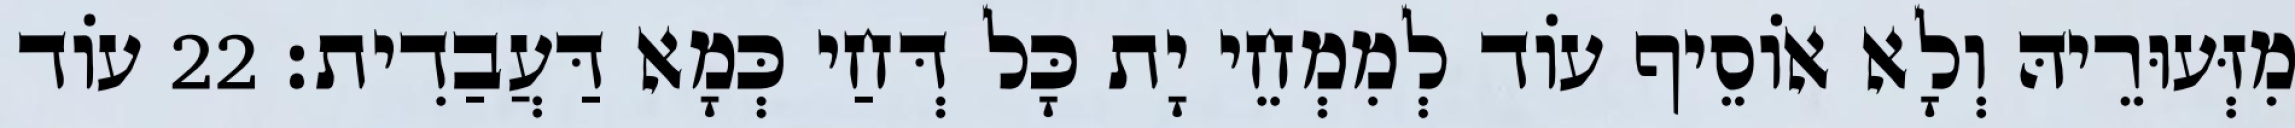
מִזְּעוּרֵיהּ וְלָא אוֹסֵיף עוֹד לְמִמְחֵי יָת כָּל דְּחַי כְּמָא דַּעֲבַדִית׃ 22 עוֹד